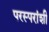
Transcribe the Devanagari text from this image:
परस्‍परांशी